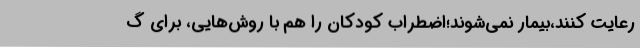
رعایت کنند،بیمار نمی‌شوند؛اضطراب کودکان را هم با روش‌هایی، برای گ